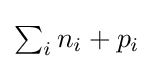
{\textstyle \sum _{i}n_{i}+p_{i}}